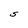
Character: S